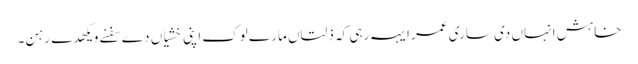
خاہش انہاں دی ساری عمر ایہہ رہی کہ ذلتاں مارے لوک اپنی خشیاں دے سفنے ویکھدے رہن۔